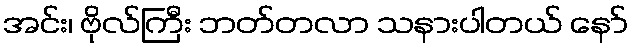
အင်း၊ ဗိုလ်ကြီး ဘတ်တလာ သနားပါတယ် နော်